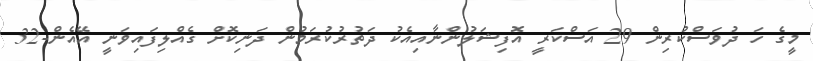
މީގެ ހަ ދުވަސްކުރިން 29 އަސްކަރީ އޮފިޝަލުންނާއިއެކު ދަތުރުކުރަމުން ދަނިކޮށް ގެއްލިފައިވަނީ އޭއެން-32